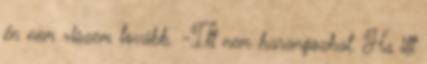
én nem viszem tovább. -Itt nem harangozhat. Ha itt